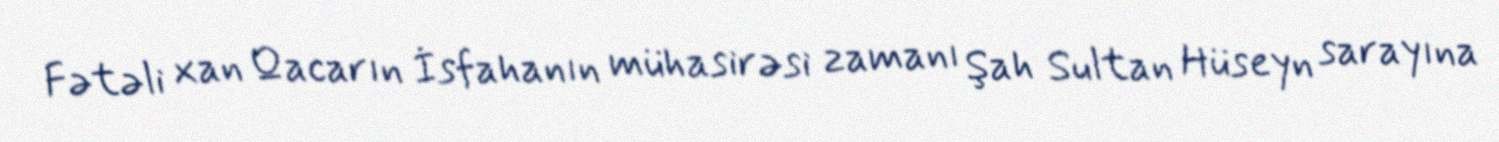
Fətəli xan Qacarın İsfahanın mühasirəsi zamanı Şah Sultan Hüseyn sarayına